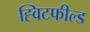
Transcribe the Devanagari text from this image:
ह्विटफील्ड